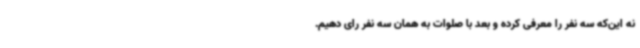
نه این‌که سه نفر را معرفی کرده و بعد با صلوات به همان سه نفر رای دهیم.